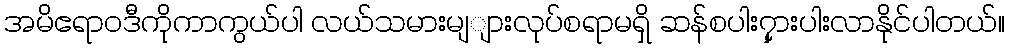
အမိဧရာဝဒီကိုကာကွယ်ပါ လယ်သမားမျျားလုပ်စရာမရှိ ဆန်စပါး၇ှားပါးလာနိုင်ပါတယ်။